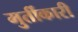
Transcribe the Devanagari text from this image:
मुर्तीकारी